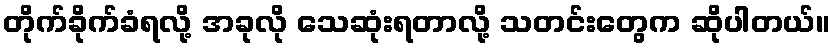
တိုက်ခိုက်ခံရလို့ အခုလို သေဆုံးရတာလို့ သတင်းတွေက ဆိုပါတယ်။